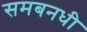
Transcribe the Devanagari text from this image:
समबनधी